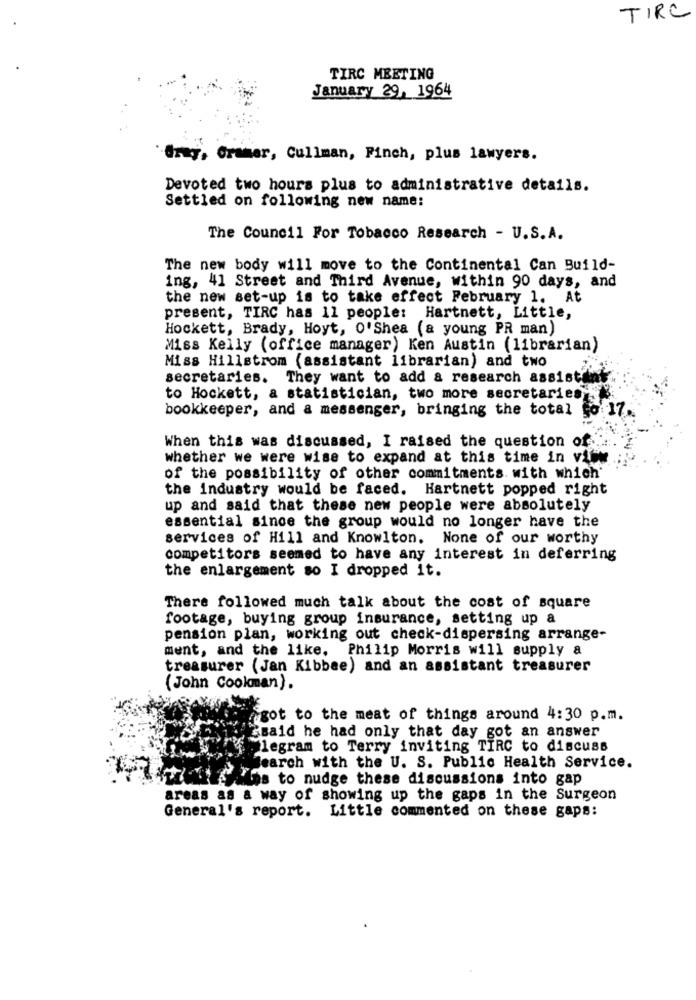
TIRC
TIRC MEETING
January 29, 1964
Gray, Gramer, Cullman, Pinch, plus lawyers.
Devoted two hours plus to administrative details.
Settled on following new name:
The Council For Tobacco Research - U.S.A.
The new body will move to the Continental Can Build-
ing, 41 Street and Third Avenue, within 90 days, and
the new set-up is to take effect February 1. At
present, TIRC has 11 people: Hartnett, Little,
Hockett, Brady, Hoyt, O'Shea (a young PR man)
Miss Kelly (office manager) Ken Austin (librarian)
Miss Hillstrom (assistant librarian) and two
secretaries. They want to add & research assist
to Hockett, a statistician, two more secretaries
bookkeeper, and & messenger, bringing the total fo 17.
When this was discussed, I raised the question of ...
whether we were wise to expand at this time in ville
of the possibility of other commitments with which'
the industry would be faced. Hartnett popped right
up and said that these new people were absolutely
essential since the group would no longer have the
services of Hill and Knowlton. None of our worthy
competitors seemed to have any interest in deferring
the enlargement so I dropped it.
There followed much talk about the cost of square
footage, buying group insurance, setting up a
pension plan, working out check-dispersing arrange-
ment, and the like. Philip Morris will supply a
treasurer (Jan Kibbee) and an assistant treasurer
(John Cookman).
got to the meat of things around 4:30 p.m.
Ssaid he had only that day got an answer
alegram to Terry inviting TIRC to discuss
Jearch with the U. S. Public Health Service.
Tarzan diis to nudge these discussions into gap
areas as a way of showing up the gaps in the Surgeon
General's report. Little commented on these gaps: